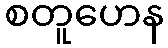
စတူဟေန